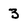
Character: 3